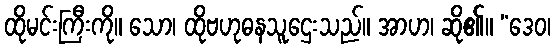
ထိုမင်းကြီးကို။ သော၊ ထိုဗဟုဓနသူဌေးသည်။ အာဟ၊ ဆို၏။ “ဒေဝ၊